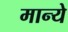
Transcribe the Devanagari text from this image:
मान्ये